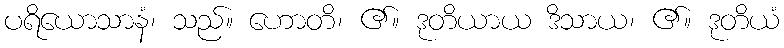
ပရိယောသာနံ၊ သည်။ ဟောတိ၊ ၏။ ဒုတိယာယ ဒိသာယ၊ ၏။ ဒုတိယံ